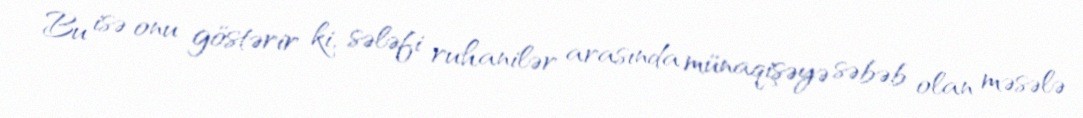
Bu isə onu göstərir ki, sələfi ruhanilər arasında münaqişəyə səbəb olan məsələ